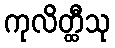
ကုလိတ္ထီသု